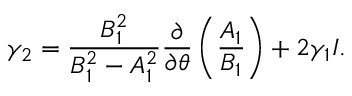
\gamma _ { 2 } = \frac { B _ { 1 } ^ { 2 } } { B _ { 1 } ^ { 2 } - A _ { 1 } ^ { 2 } } \frac { \partial } { \partial \theta } \left( \frac { A _ { 1 } } { B _ { 1 } } \right) + 2 \gamma _ { 1 } I .